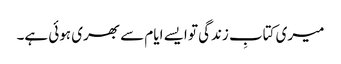
میری کتابِ زندگی تو ایسے ایام سے بھری ہوئی ہے۔